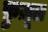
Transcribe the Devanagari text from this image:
फ़ुज़ूल